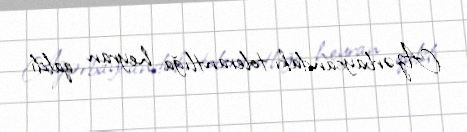
Azərbaycandakı tolerantlığa heyran qaldı.